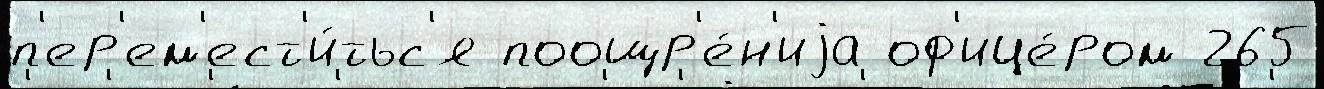
п'ер'ем'ест'и́тьс'я поощр'е́н'иjа оф'ице́ром 265